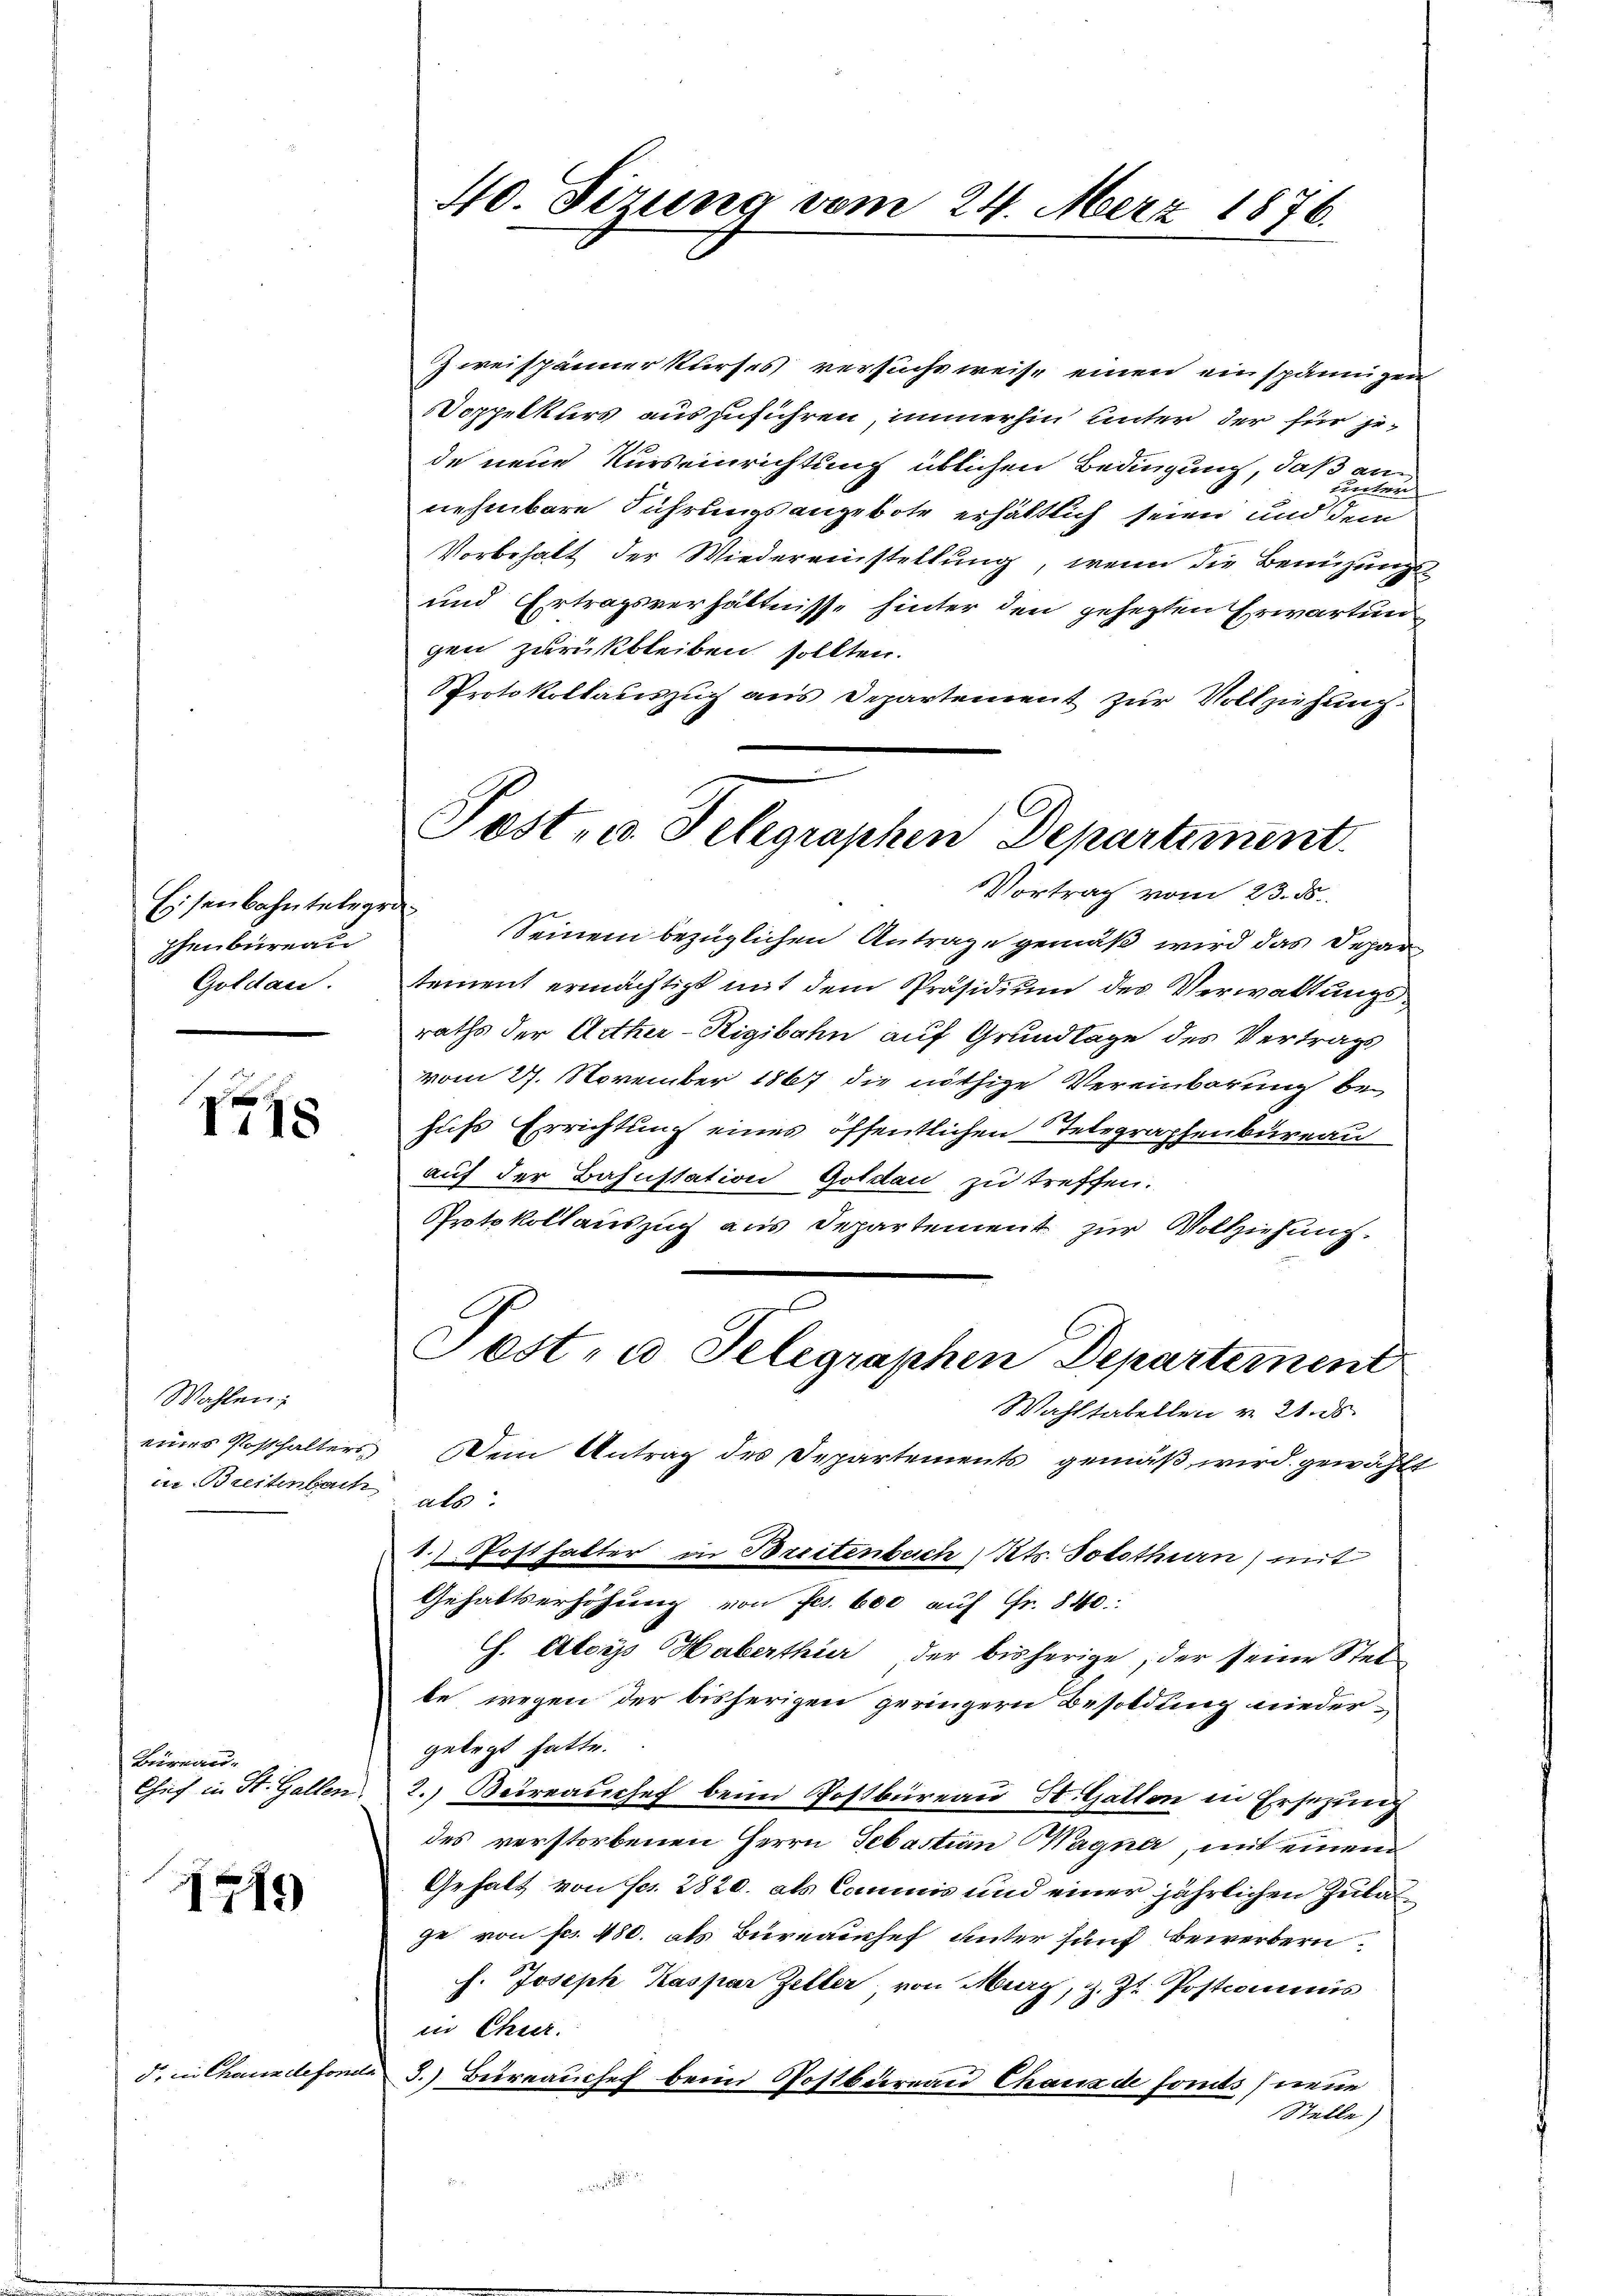
Eisenbahntelege
phenbureali
Goldau.

1745

Wahlen:
eines Posthalters
ie Breitenbach

Bürrau-
Chef in St. Gallen.

1715)

d, in Chauxdefonier

40. Sizung vom 24. Merz 1876.

Post, u. Telegraphen Departement
Vortrag vom 23. ds.

Zweispänner kurses versuche weise einen einspännigen
Doppelkurs auszuführen, immerhin unter der für jede neue Kurseinrichtung üblichen Bedingung, daß an
nehmbare Führungsangebote erhältlich seien und dem
Vorbehalt der Wiedereinstellung, wenn die Bemühungs¬
und Ertragsverhältnisse hinter den gehegten Erwartun
gen zurückbleiben sollten.
Protokollauszug aus Departement zŭr Vollziehung.
Seinem bezüglichen Antrage gemäß wird das Departement ermächtigt mit dem Präsidium der Verwaltungsraths der Arther-Rigibahn auf Grundlage des Vertrags
vom 27. November 1867 die nöthige Vereinbarung behufs Errichtung eines öffentlichen Telegraphenbureau
auf der Bahnstation Goldau zu treffen.
Protokollauszug aus Departement zur Vollziehung.
Post- u Telegraphen Departement
Wahltabellen v. 21. ds.
Dem Antrag des Departements gemäß wird gewählt
als
1. Posthalter in Breitenbach Kts. Solothurn) mit
Gehaltserhöhung von Frs. 600 auf Fr. 840.
h. Aloys Haberthür der bisherige, der seine Stel-
be wegen der bisherigen geringern Besoldung nieder-
gelegt hatte.
2.) Beirauchef beim Postbüreau, St. Gatten in Ersezung
des verstorbenen Herrn Sebastian Wagne, mit einem
Gehalt von Fr. 2820. als Commis und einer jährlichen Zulage von Fr. 480. als Bureaechef unter fünf bewerbern
h. Joseph Kaspar Zeller, von Merz, z. Zt. Postcommis
in Chier.
3.) Büreauchef beim Postbureau Chaux de forts neue
Stelle)
2